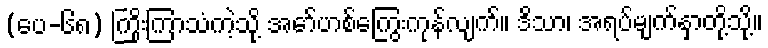
(ပေ-၆၈) ကြိုးကြာသံကဲ့သို့ အော်ဟစ်ကြွေးကုန်လျက်။ ဒိသာ၊ အရပ်မျက်နှာတို့သို့။